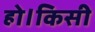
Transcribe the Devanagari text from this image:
हो।किसी